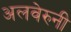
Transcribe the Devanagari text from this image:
अलवेरुनी